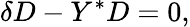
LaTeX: \delta D-Y^{*}D=0,